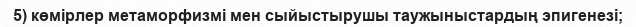
5) көмірлер метаморфизмі мен сыйыстырушы таужыныстардың эпигенезі;